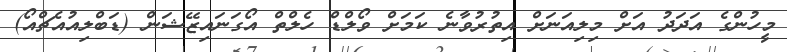
މީހުންގެ އަދަދު އަށް މިލިއަނަށް އިތުރުވާނެ ކަމަށް ވޯލްޑް ހެލްތް އޯގަނައިޒޭޝަން (ޑަބްލިއުއެޗްއޯ)